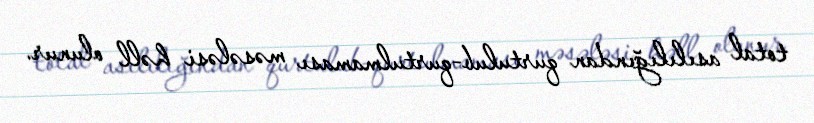
total asılılığından qurtulub-qurtulmaması məsələsi həll olunur.